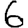
Digit: 6